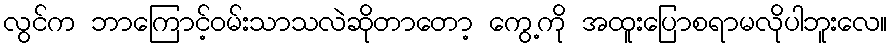
လွင်က ဘာကြောင့်ဝမ်းသာသလဲဆိုတာတော့ ကွေ့ကို အထူးပြောစရာမလိုပါဘူးလေ။